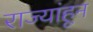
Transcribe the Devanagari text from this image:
राज्यांहून